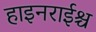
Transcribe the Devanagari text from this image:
हाइनराईश्च